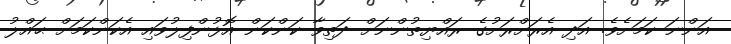
އަންނަ ކަމަށެވެ. އަދި އެރަށްރަށުގެ ރައްޔިތުންނަށް ދަތިވާ ކަންކަން އޮޅުންފިލުވައި އެކަންކަމަށް ޙައްލު